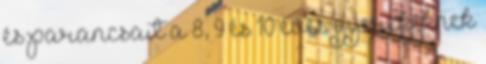
és parancsait a 8, 9 és 10 éves gyerekeknek